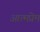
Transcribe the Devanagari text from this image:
आत्मप्रेम